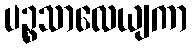
ပဉ္စသာလေယျကာ